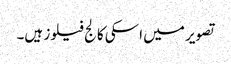
تصویر میں اسکی کالج فیلوز ہیں۔